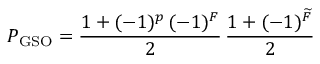
P _ { \mathrm { G S O } } = \frac { 1 + ( - 1 ) ^ { p } \, ( - 1 ) ^ { F } } { 2 } \, \frac { 1 + ( - 1 ) ^ { \widetilde F } } { 2 }